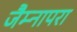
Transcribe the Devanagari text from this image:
जैम्नापरा